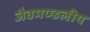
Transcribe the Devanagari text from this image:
जैवमण्डलीय